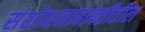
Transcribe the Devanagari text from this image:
संशोधनाबाबतीतील